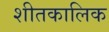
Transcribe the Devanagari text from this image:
शीतकालिक